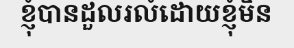
ខ្ញុំបានដួលរលំដោយខ្ញុំមិន